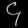
Digit: ၄